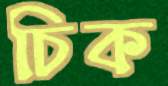
চিক